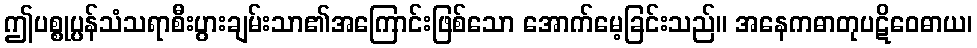
ဤပစ္စုပ္ပန်သံသရာစီးပွားချမ်းသာ၏အကြောင်းဖြစ်သော အောက်မေ့ခြင်းသည်။ အနေကဓာတုပဋိဝေဓာယ၊